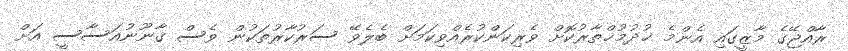
ރާއްޖޭގެ މާޒީގައި އެންމެ ޚުދުމުޚްތާރުކޮށް ވެރިކަންކުރެއްވިކަމަށް ބެލެވޭ ސަރުކާރުތަކުން ވެސް ޤާނޫނުއަސާސީ އަށް